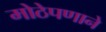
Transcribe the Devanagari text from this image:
मोठेपणाने